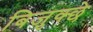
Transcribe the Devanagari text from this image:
बिजुक्छे